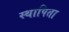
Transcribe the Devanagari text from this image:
स्थापिता